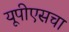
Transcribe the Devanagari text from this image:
यूपीएसचा